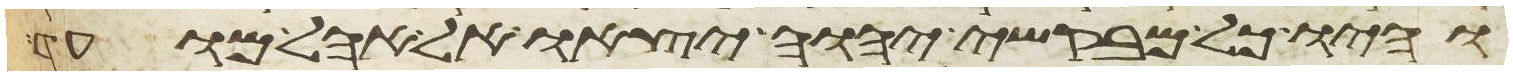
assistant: והיו כל מבקשי יהוה יצאו אל אהל מועד